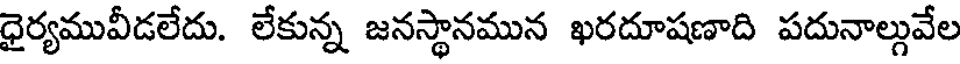
ధైర్యమువీడలేదు. లేకున్న జనస్థానమున ఖరదూషణాది పదునాల్గువేల